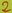
Text: 2